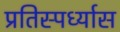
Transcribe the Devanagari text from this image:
प्रतिस्पर्ध्यास